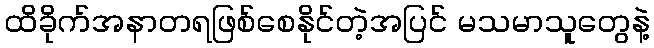
ထိခိုက်အနာတရဖြစ်စေနိုင်တဲ့အပြင် မသမာသူတွေနဲ့